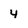
Character: 4